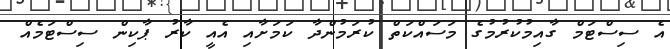
އެ ސިސްޓަމް ގާއިމުކުރުމުގެ މަސައްކަތް ކުރަމުންދާ ކަމަށާއި އެއީ ކާރު ޕާކިން ސިސްޓަމެއް